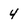
Character: 4